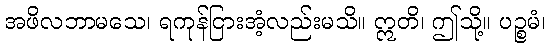
အဖိလဘာမသေ၊ ရကုန်ငြားအံ့လည်းမသိ။ ဣတိ၊ ဤသို့။ ပဉ္စမံ၊